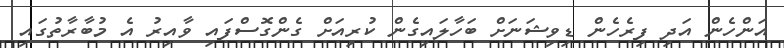
އަންހެން އަދި ފިރެހެން ޑިވިޝަނަށް ބަހާލައިގެން ކުރިއަށް ގެންގޮސްފައި ވާއިރު އެ މުބާރާތުގައި